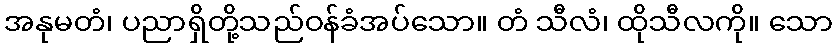
အနုမတံ၊ ပညာရှိတို့သည်ဝန်ခံအပ်သော။ တံ သီလံ၊ ထိုသီလကို။ သော